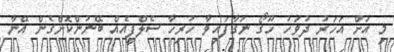
މި އަށް އަހަރު ދުވަހު ހޫގޯ ނަގާފައިވާ ހުރިހާ ސެލްފީއެއް ބޭނުންކޮށްގެން އޭނާ